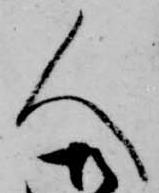
人